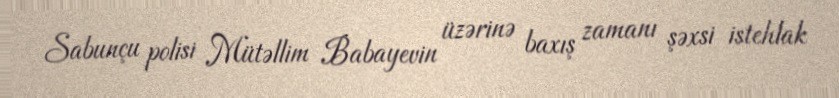
Sabunçu polisi Mütəllim Babayevin üzərinə baxış zamanı şəxsi istehlak